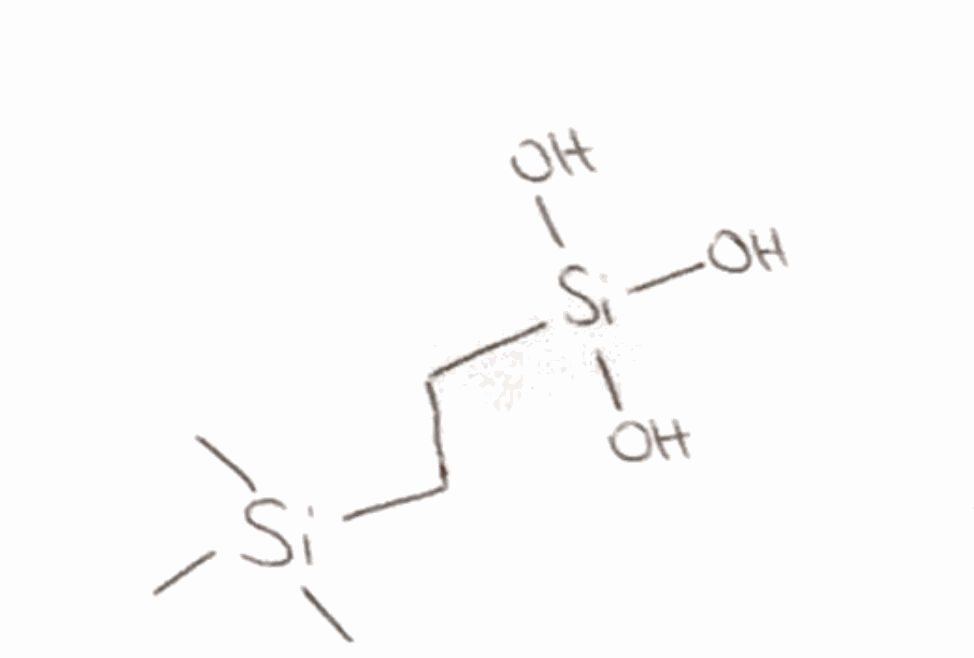
Simplified molecular-input line-entry system (SMILES) notation of the given molecule:
C[Si](C)(C)CC[Si](O)(O)O